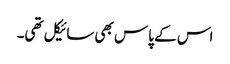
اس کے پاس بھی سائیکل تھی۔